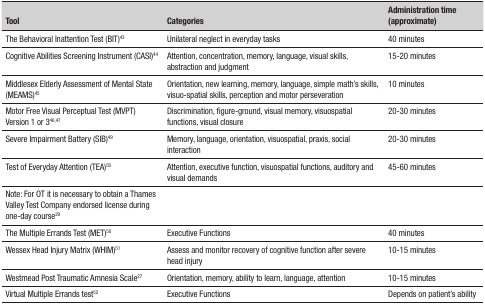
| Tool | Categories | Administration time(approximate) |
 | --- | --- | --- |
 | The Behavioral Inattention Test (BIT)43 | Unilateral neglect in everyday tasks | 40 minutes |
 | Cognitive Abilities Screening Instrument(CASI)44 | Attention, concentration, memory, language, visualskills, abstraction and judgment | 15-20 minutes |
 | Middlesex Elderly Assessment of Mental State(MEAMS)45 | Orientation, new learning, memory, language, simplemath's skills, visuo-spatial skills, perception and motorperseveration | 10 minutes |
 | Motor Free Visual Perceptual Test (MVPT) Version 1 or346,47 | Discrimination, figure-ground, visual memory,visuospatial functions, visual closure | 20-30 minutes |
 | Severe Impairment Battery (SIB)49 | Memory, language, orientation, visuospatial, praxis,social interaction | 20-30 minutes |
 | Test of Everyday Attention (TEA)50 | Attention, executive function, visuospatial functions,auditory and visual demands | 45-60 minutes |
 | Note: For OT it is necessary to obtain a Thames ValleyTest Company endorsed license during one-day course29 |  |  |
 | The Multiple Errands Test (MET)50 | Executive Functions | 40 minutes |
 | Wessex Head Injury Matrix (WHIM)51 | Assess and monitor recovery of cognitive function aftersevere head injury | 10-15 minutes |
 | Westmead Post Traumatic Amnesia Scale27 | Orientation, memory, ability to learn, language,attention | 10-15 minutes |
 | Virtual Multiple Errands test52 | Executive Functions | Depends on patient's ability |